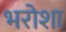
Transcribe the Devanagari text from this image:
भरोशा